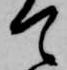
て